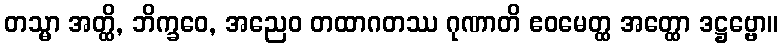
တသ္မာ အတ္ထိ, ဘိက္ခဝေ, အညေဝ တထာဂတဿ ဂုဏာတိ ဧဝမေတ္ထ အတ္ထော ဒဋ္ဌဗ္ဗော။